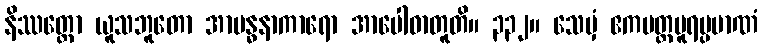
နိဿတ္တော ယူသဘူတော အာဗန္ဓနာကာရော အာပေါဓာတူတိ။ ၃၃၂။ သေမှံ ဧကပတ္ထပူရပ္ပမာဏံ